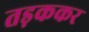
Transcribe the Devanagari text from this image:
तड़ककर